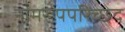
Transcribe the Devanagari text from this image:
नामरूपपरिच्छेद